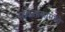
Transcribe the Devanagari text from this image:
सांकेतांकामध्ये